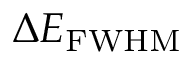
\Delta E _ { \mathrm { F W H M } }